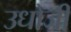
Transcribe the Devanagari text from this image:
उधोजी